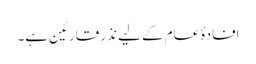
افادۂ عام کے لیے نذرِ قارئین ہے۔